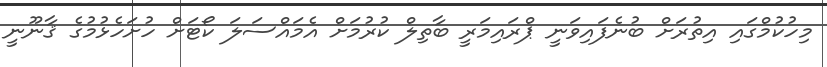
މިހުކުމްގައި އިތުރަށް ބުނެފައިވަނީ ޕްރައިމަރީ ބާތިލް ކުރުމަށް އެމައްސަލަ ކޯޓަށް ހުށަހެޅުމުގެ ޤާނޫނީ